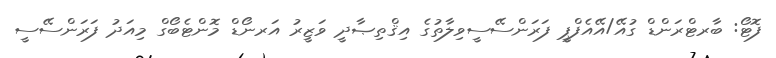
ފޮޓޯ: ބާރޓްރަންޑް ގުއޭ/އޭއެފްޕީ ފަރަންސޭސީވިލާތުގެ އިޤްތިޞާދީ ވަޒީރު އަރނޯޑް މޮންޓެބޯގް މިއަދު ފަރަންސޭސީ